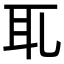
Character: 𦔮